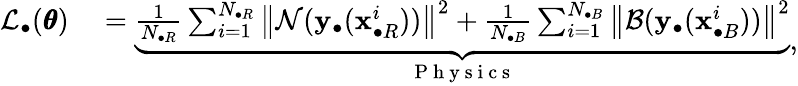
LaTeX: \begin{array}{rl}{\mathcal{L}_{\bullet}(\pmb{\theta})}&{{}=\underbrace{\frac{1}{N_{\bullet R}}\sum_{i=1}^{N_{\bullet R}}{\left\| \mathcal{N}(\mathbf{y}_{\bullet}(\mathbf{x}_{\bullet R}^{i}))\right\| ^{2}}+\frac{1}{N_{\bullet B}}\sum_{i=1}^{N_{\bullet B}}{\left\| \mathcal{B}(\mathbf{y}_{\bullet}(\mathbf{x}_{\bullet B}^{i}))\right\| ^{2}}}_{\mathrm{~P~h~y~s~i~c~s~}}}\end{array},